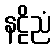
နဠိညံ